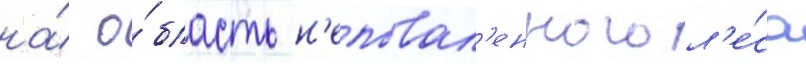
на́ о́бласть н'еповал'енного л'е́са